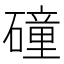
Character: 䃥